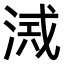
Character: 𣸂